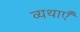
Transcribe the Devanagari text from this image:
व्यथाएँ